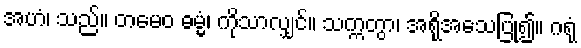
အဟံ၊ သည်။ တမေဝ ဓမ္မံ၊ ကိုသာလျှင်။ သက္ကတွာ၊ အရိုအသေပြု၍။ ဂရုံ